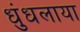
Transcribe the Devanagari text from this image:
धुंधलाया